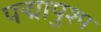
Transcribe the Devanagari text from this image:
पद्मापुश्प